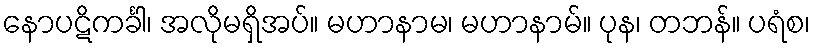
နောပဋိကင်္ခါ၊ အလိုမရှိအပ်။ မဟာနာမ၊ မဟာနာမ်။ ပုန၊ တဘန်။ ပရံစ၊